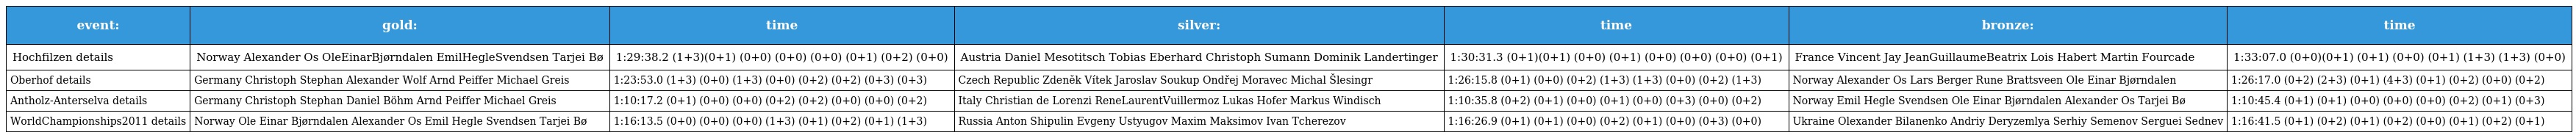
| event: | gold: | time | silver: | time | bronze: | time |
 | --- | --- | --- | --- | --- | --- | --- |
 | Hochfilzen details | Norway Alexander Os OleEinarBjørndalen EmilHegleSvendsen Tarjei Bø | 1:29:38.2 (1+3)(0+1) (0+0) (0+0) (0+0) (0+1) (0+2) (0+0) | Austria Daniel Mesotitsch Tobias Eberhard Christoph Sumann Dominik Landertinger | 1:30:31.3 (0+1)(0+1) (0+0) (0+1) (0+0) (0+0) (0+0) (0+1) | France Vincent Jay JeanGuillaumeBeatrix Lois Habert Martin Fourcade | 1:33:07.0 (0+0)(0+1) (0+1) (0+0) (0+1) (1+3) (1+3) (0+0) |
 | Oberhof details | Germany Christoph Stephan Alexander Wolf Arnd Peiffer Michael Greis | 1:23:53.0 (1+3) (0+0) (1+3) (0+0) (0+2) (0+2) (0+3) (0+3) | Czech Republic Zdeněk Vítek Jaroslav Soukup Ondřej Moravec Michal Šlesingr | 1:26:15.8 (0+1) (0+0) (0+2) (1+3) (1+3) (0+0) (0+2) (1+3) | Norway Alexander Os Lars Berger Rune Brattsveen Ole Einar Bjørndalen | 1:26:17.0 (0+2) (2+3) (0+1) (4+3) (0+1) (0+2) (0+0) (0+2) |
 | Antholz-Anterselva details | Germany Christoph Stephan Daniel Böhm Arnd Peiffer Michael Greis | 1:10:17.2 (0+1) (0+0) (0+0) (0+2) (0+2) (0+0) (0+0) (0+2) | Italy Christian de Lorenzi ReneLaurentVuillermoz Lukas Hofer Markus Windisch | 1:10:35.8 (0+2) (0+1) (0+0) (0+1) (0+0) (0+3) (0+0) (0+2) | Norway Emil Hegle Svendsen Ole Einar Bjørndalen Alexander Os Tarjei Bø | 1:10:45.4 (0+1) (0+1) (0+0) (0+0) (0+0) (0+2) (0+1) (0+3) |
 | WorldChampionships2011 details | Norway Ole Einar Bjørndalen Alexander Os Emil Hegle Svendsen Tarjei Bø | 1:16:13.5 (0+0) (0+0) (0+0) (1+3) (0+1) (0+2) (0+1) (1+3) | Russia Anton Shipulin Evgeny Ustyugov Maxim Maksimov Ivan Tcherezov | 1:16:26.9 (0+1) (0+1) (0+0) (0+2) (0+1) (0+0) (0+3) (0+0) | Ukraine Olexander Bilanenko Andriy Deryzemlya Serhiy Semenov Serguei Sednev | 1:16:41.5 (0+1) (0+2) (0+1) (0+2) (0+0) (0+1) (0+2) (0+1) |